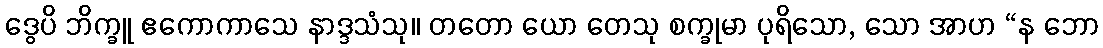
ဒွေပိ ဘိက္ခူ ဧကောကာသေ နာဒ္ဒသံသု။ တတော ယော တေသု စက္ခုမာ ပုရိသော, သော အာဟ “န ဘော